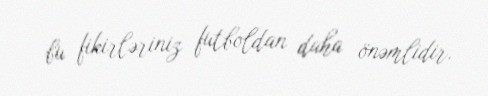
bu fikirləriniz futboldan daha önəmlidir.